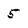
Character: 5